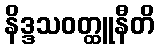
နိဒ္ဒသဝတ္ထူနီတိ